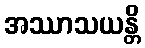
အဿာသယန္တိ